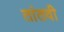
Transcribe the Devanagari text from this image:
तांतवी